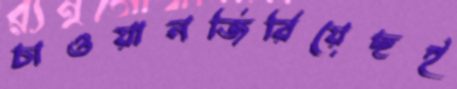
চাওয়ানজিরিয়েছই